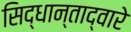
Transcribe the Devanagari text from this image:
सिद्धान्ताद्वारे